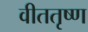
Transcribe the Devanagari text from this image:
वीततृष्ण